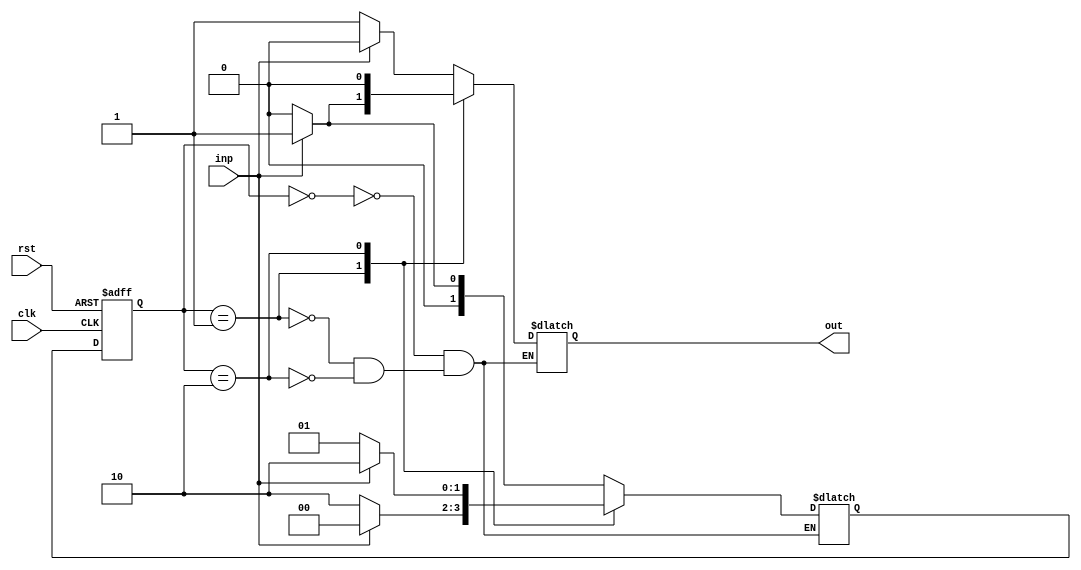
`timescale 1ns / 1ps
//////////////////////////////////////////////////////////////////////////////////
// Assignment: 05
// Engineeer: Parth Jindal, Pranav Rajput Group 024
// Module Name: Test_M3FSM
// Description: Multiple of 3's FSM's Test Bench 
//////////////////////////////////////////////////////////////////////////////////
module M3FSM(
    output reg out,
    input inp,
    input clk,
    input rst
    );
    reg[1:0] PS, NS;
    parameter S0 = 2'b00, S1 = 2'b01, S2 = 2'b10;
    
    // load stored next state into present state
    always @(posedge clk or posedge rst) begin
        if(rst)
            PS <= S0;
        else
            PS <= NS;
    end
    
    // logic for 
    always @(*) begin
        case (PS)
            S0: begin
            case (inp)
                0: begin	
                    out = 1;
                    NS = S0;
                    end
                1:	begin
                    out = 0;
                    NS = S1;
                    end
            endcase
            end
        S1: begin
            case (inp)
                0: begin	
                   out = 0;
                    NS = S2;
                    end
                1:	begin
                    out = 1;
                    NS = S0;
                    end
            endcase
            end
        S2: begin
            case (inp)
                0: begin	
                    out = 0;
                    NS = S1;
                    end
                1:	begin
                    out = 0;
                    NS = S2;
                    end
            endcase
            end			
        endcase
    end
endmodule